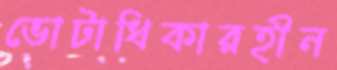
ভোটাধিকারহীন